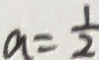
a = \frac { 1 } { 2 }